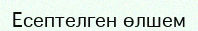
Есептелген өлшем